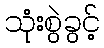
သုံးစွဲခွင့်